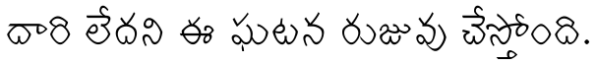
దారి లేదని ఈ ఘటన రుజువు చేస్తోంది.